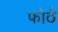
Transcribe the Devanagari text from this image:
फोर्ठ